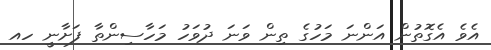
އެވެ އެގޮތުން އަންނަ މަހުގެ ތިން ވަނަ ދުވަހު މަހާސިންތާ ފަށާނީ ހއ